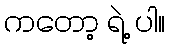
ကတော့ ရဲ့ ပါ။